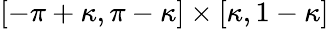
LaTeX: [-\pi+\kappa,\pi-\kappa]\times[\kappa,1-\kappa]